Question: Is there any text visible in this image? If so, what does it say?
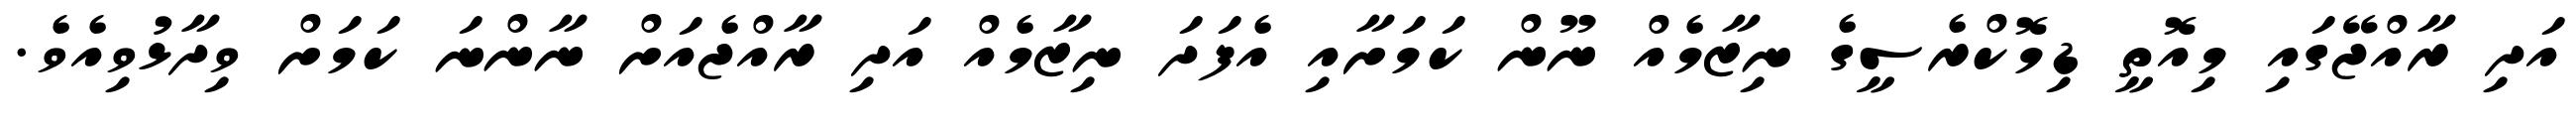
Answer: އަދި ރާއްޖޭގައި މިއޮތީ ޑިމޮކްރެސީގެ ނިޒާމެއް ނޫން ކަމަށާއި އެފަދަ ނިޒާމެއް އަދި ރާއްޖެއަށް ނާންނަ ކަމަށް ވިދާޅުވިއެވެ.